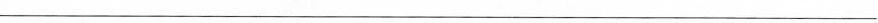
___